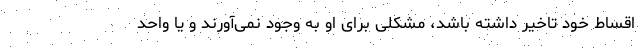
اقساط خود تاخیر داشته باشد، مشکلی برای او به وجود نمی‌آورند و یا واحد